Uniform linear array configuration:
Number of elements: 24
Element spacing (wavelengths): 0.5
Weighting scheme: uniform
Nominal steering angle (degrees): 0
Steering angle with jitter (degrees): -0.0978
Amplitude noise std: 0.05
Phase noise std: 0.05

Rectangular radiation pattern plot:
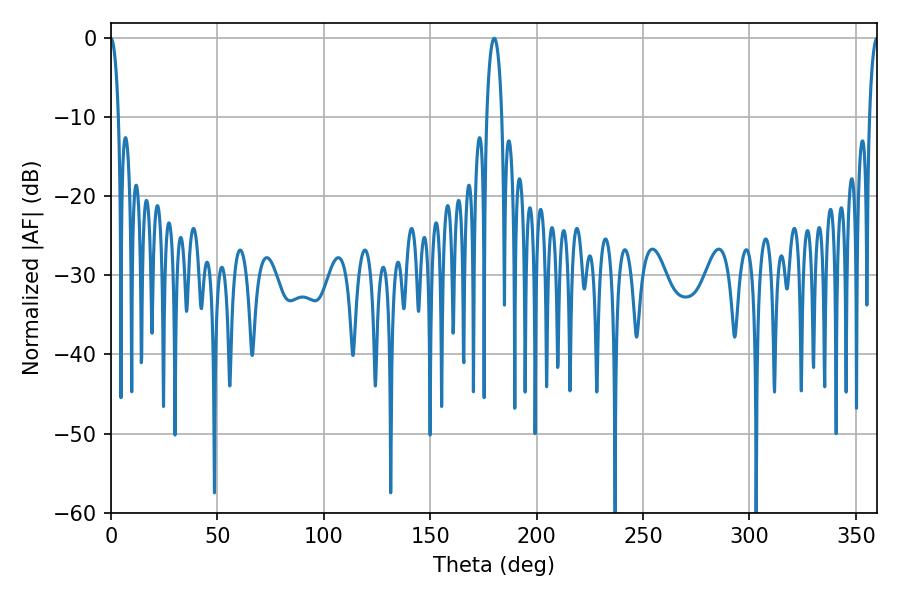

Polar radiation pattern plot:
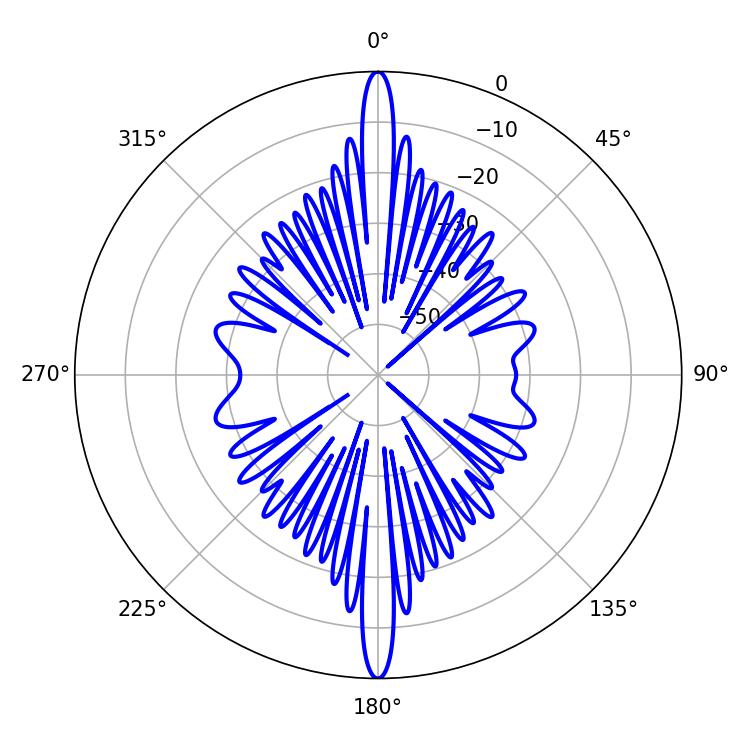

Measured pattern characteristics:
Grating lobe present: FALSE
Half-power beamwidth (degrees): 1.98
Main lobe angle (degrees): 0